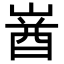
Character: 𡺚